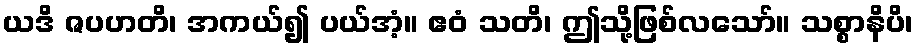
ယဒိ ဇပဟတိ၊ အကယ်၍ ပယ်အံ့။ ဧဝံ သတိ၊ ဤသို့ဖြစ်လသော်။ သစ္စာနိပိ၊